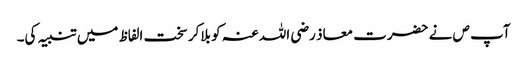
آپ ص نے حضرت معاذ رضی اللہ عنہ کو بلاکر سخت الفاظ میں تنبیہ کی۔